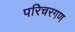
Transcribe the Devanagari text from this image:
परिचरगण